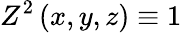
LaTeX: Z^{2}\left(x,y,z\right)\equiv 1